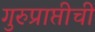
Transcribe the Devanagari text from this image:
गुरुप्राप्तीची